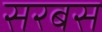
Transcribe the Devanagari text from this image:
सरबस